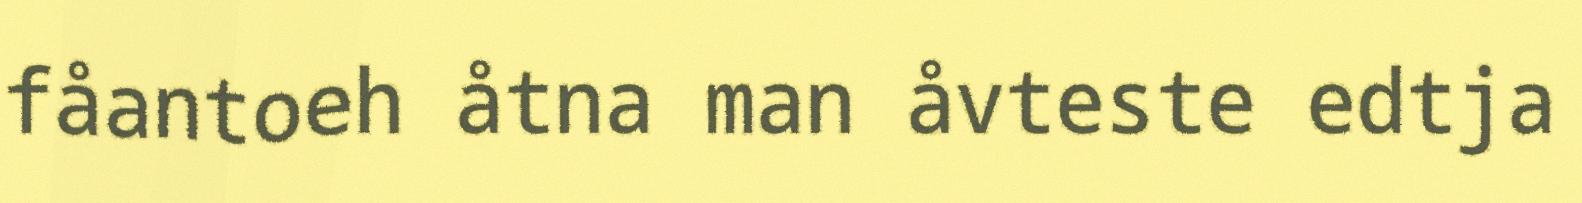
fåantoeh åtna man åvteste edtja